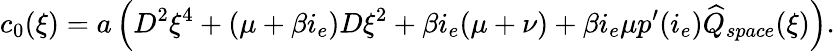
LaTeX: c_{0}(\xi)=a\left(D^{2}\xi^{4}+(\mu+\beta i_{e})D\xi^{2}+\beta i_{e}(\mu+\nu)+\beta i_{e}\mu p^{\prime}(i_{e})\widehat{Q}_{space}(\xi)\right).